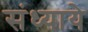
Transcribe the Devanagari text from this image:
संध्याये